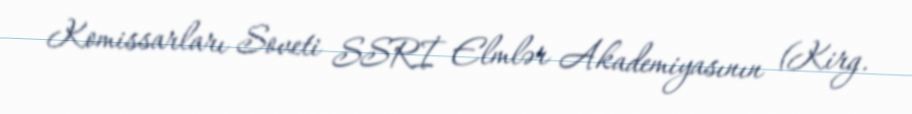
Komissarları Soveti SSRİ Elmlər Akademiyasının (Kirg.